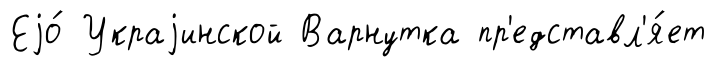
Еjо́ Украjинской Варнутка пр'едставл'я́ет